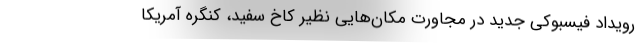
رویداد فیسبوکی جدید در مجاورت مکان‌هایی نظیر کاخ سفید، کنگره آمریکا